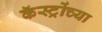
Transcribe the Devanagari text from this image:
कॅस्ट्रोंच्या